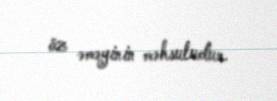
öz əməyinin məhsuludur.